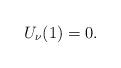
LaTeX: \begin{align*}U_{\nu}(1)=0.\end{align*}